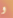
و